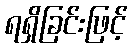
ရရှိခြင်းဖြင့်